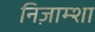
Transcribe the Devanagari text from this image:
निज़ाम्शा